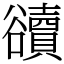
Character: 豄